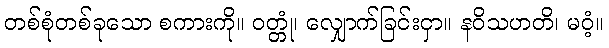
တစ်စုံတစ်ခုသော စကားကို။ ဝတ္တုံ၊ လျှောက်ခြင်းငှာ။ နဝိသဟတိ၊ မဝံ့။